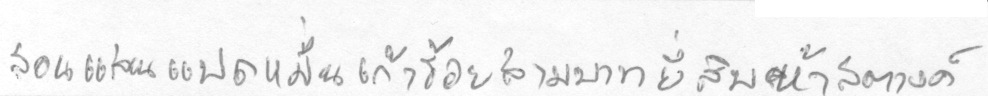
สองแสนแปดหมื่นเก้าร้อยสามบาทยี่สิบห้าสตางค์